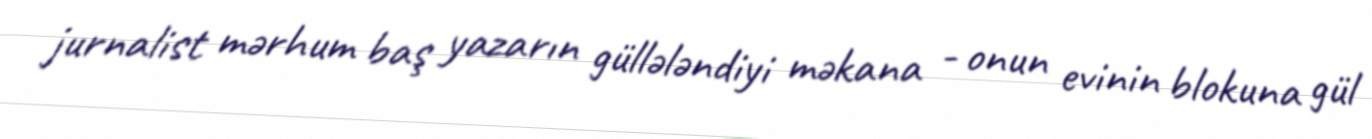
jurnalist mərhum baş yazarın güllələndiyi məkana - onun evinin blokuna gül